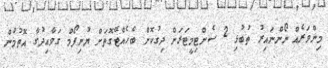
މިންވަރެއް ނޯންނައިރު ތުބުޅި 2 ސެންޓިމީޓަރަށް ދިގުކޮށް ބެހެއްޓޭގޮތަށް ޔުނިފޯމް ގަވާއިދުގާ އޮތުމުން